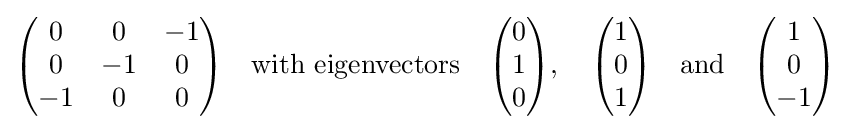
{\begin{pmatrix}0&0&-1\\0&-1&0\\-1&0&0\end{pmatrix}}\quad {\text{with eigenvectors}}\quad {\begin{pmatrix}0\\1\\0\end{pmatrix}},\quad {\begin{pmatrix}1\\0\\1\end{pmatrix}}\quad {\text{and}}\quad {\begin{pmatrix}1\\0\\-1\end{pmatrix}}